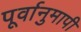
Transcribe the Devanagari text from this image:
पूर्वानुमापी